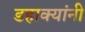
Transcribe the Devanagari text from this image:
डहाक्यांनी